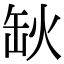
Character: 𦈦